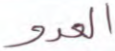
العدو